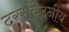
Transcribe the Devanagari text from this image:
दूरसंवेदनीय